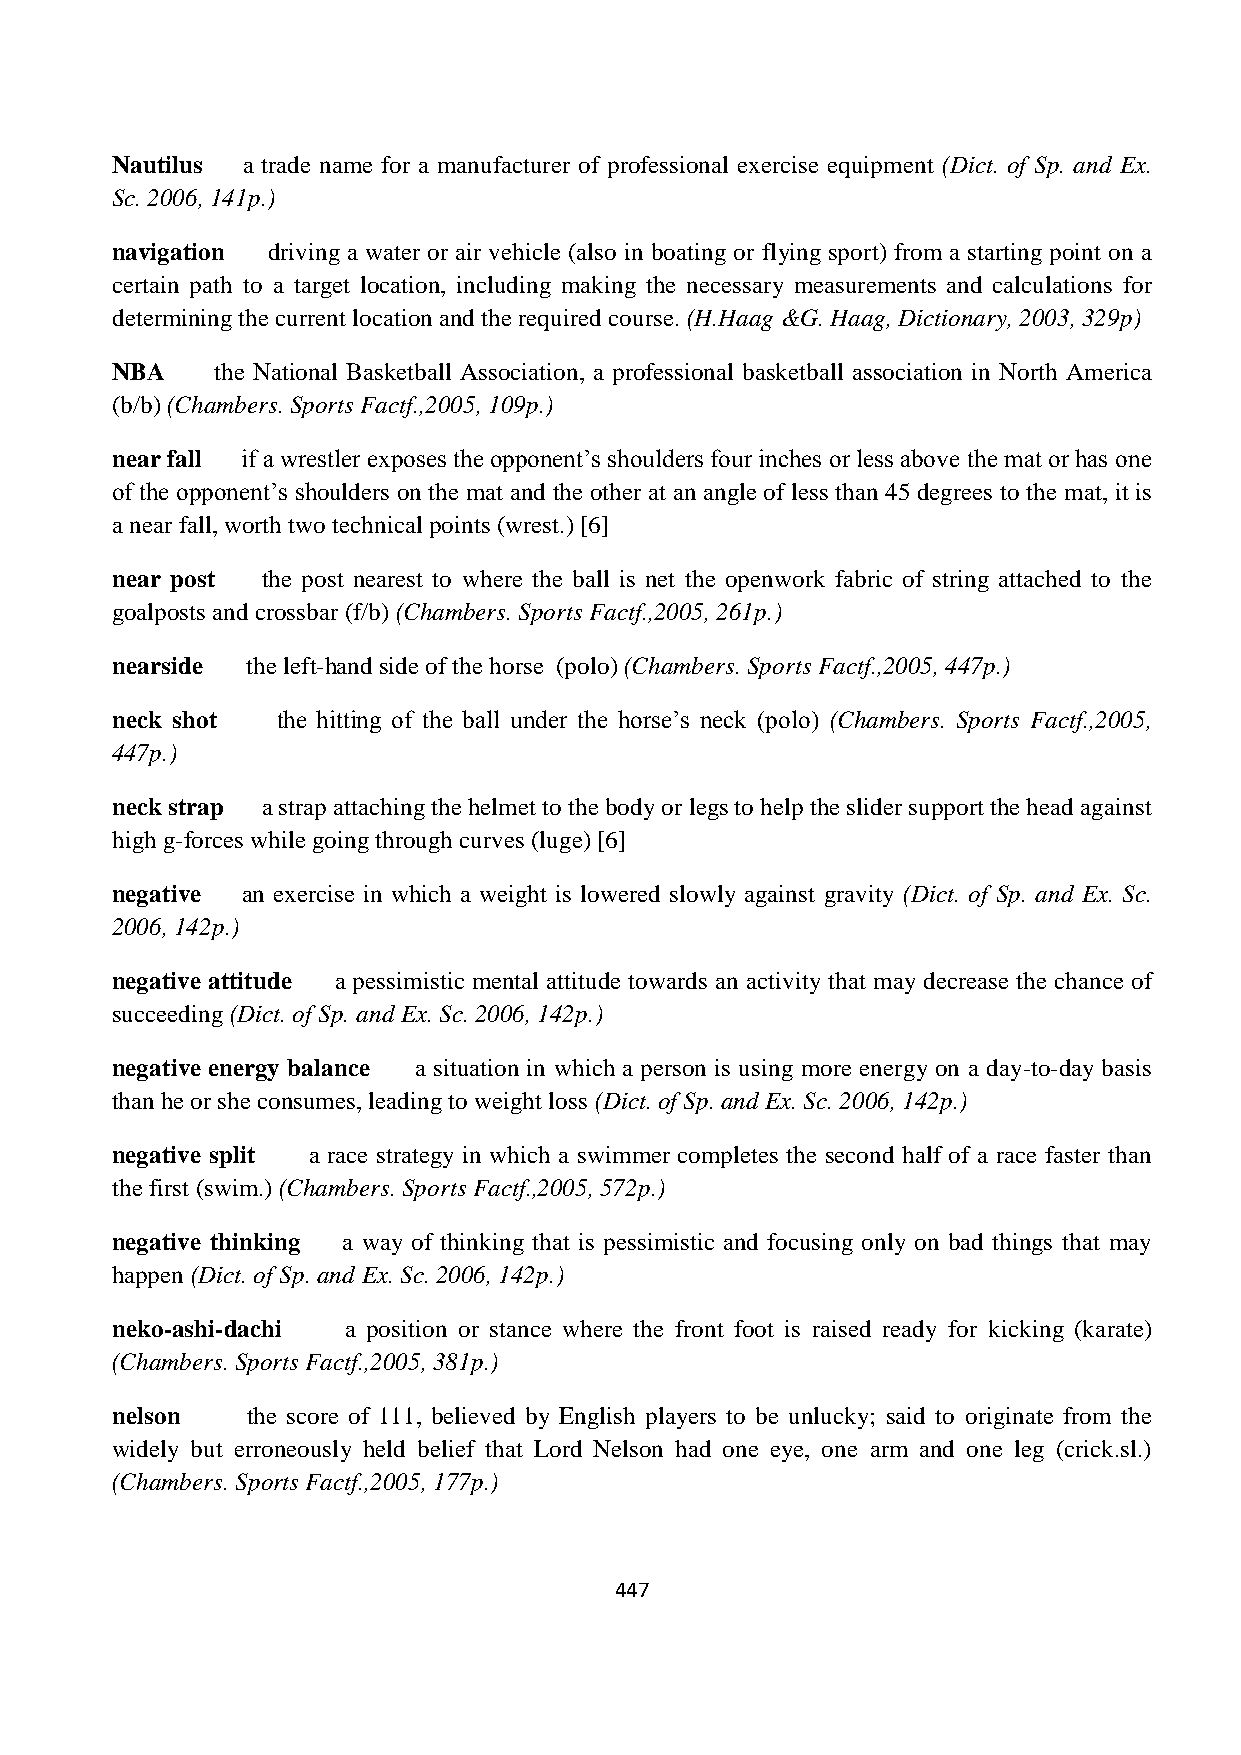
Nautilus a trade name for a manufacturer of professional exercise equipment (Dict. of Sp. and Ex.
 Sc. 2006, 141p.)
 navigation driving a water or air vehicle (also in boating or flying sport) from a starting point on a
 certain path to a target location, including making the necessary measurements and calculations for
 determining the current location and the required course. (H.Haag &G. Haag, Dictionary, 2003, 329p)
 NBA    the National Basketball Association, a professional basketball association in North America
 (b/b) (Chambers. Sports Factf.,2005, 109p.)
 near fall if a wrestler exposes the opponent’s shoulders four inches or less above the mat or has one
 of the opponent’s shoulders on the mat and the other at an angle of less than 45 degrees to the mat, it is
 a near fall, worth two technical points (wrest.) [6]
 near post the post nearest to where the ball is net the openwork fabric of string attached to the
 goalposts and crossbar (f/b) (Chambers. Sports Factf.,2005, 261p.)
 nearside the left-hand side of the horse (polo) (Chambers. Sports Factf.,2005, 447p.)
 neck shot  the hitting of the ball under the horse’s neck (polo) (Chambers. Sports Factf.,2005,
 447p.)
 neck strap a strap attaching the helmet to the body or legs to help the slider support the head against
 high g-forces while going through curves (luge) [6]
 negative an exercise in which a weight is lowered slowly against gravity (Dict. of Sp. and Ex. Sc.
 2006, 142p.)
 negative attitude a pessimistic mental attitude towards an activity that may decrease the chance of
 succeeding (Dict. of Sp. and Ex. Sc. 2006, 142p.)
 negative energy balance a situation in which a person is using more energy on a day-to-day basis
 than he or she consumes, leading to weight loss (Dict. of Sp. and Ex. Sc. 2006, 142p.)
 negative split a race strategy in which a swimmer completes the second half of a race faster than
 the first (swim.) (Chambers. Sports Factf.,2005, 572p.)
 negative thinking a way of thinking that is pessimistic and focusing only on bad things that may
 happen (Dict. of Sp. and Ex. Sc. 2006, 142p.)
 neko-ashi-dachi a position or stance where the front foot is raised ready for kicking (karate)
 (Chambers. Sports Factf.,2005, 381p.)
 nelson   the score of 111, believed by English players to be unlucky; said to originate from the
 widely but erroneously held belief that Lord Nelson had one eye, one arm and one leg (crick.sl.)
 (Chambers. Sports Factf.,2005, 177p.)
 447